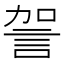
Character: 𧦲